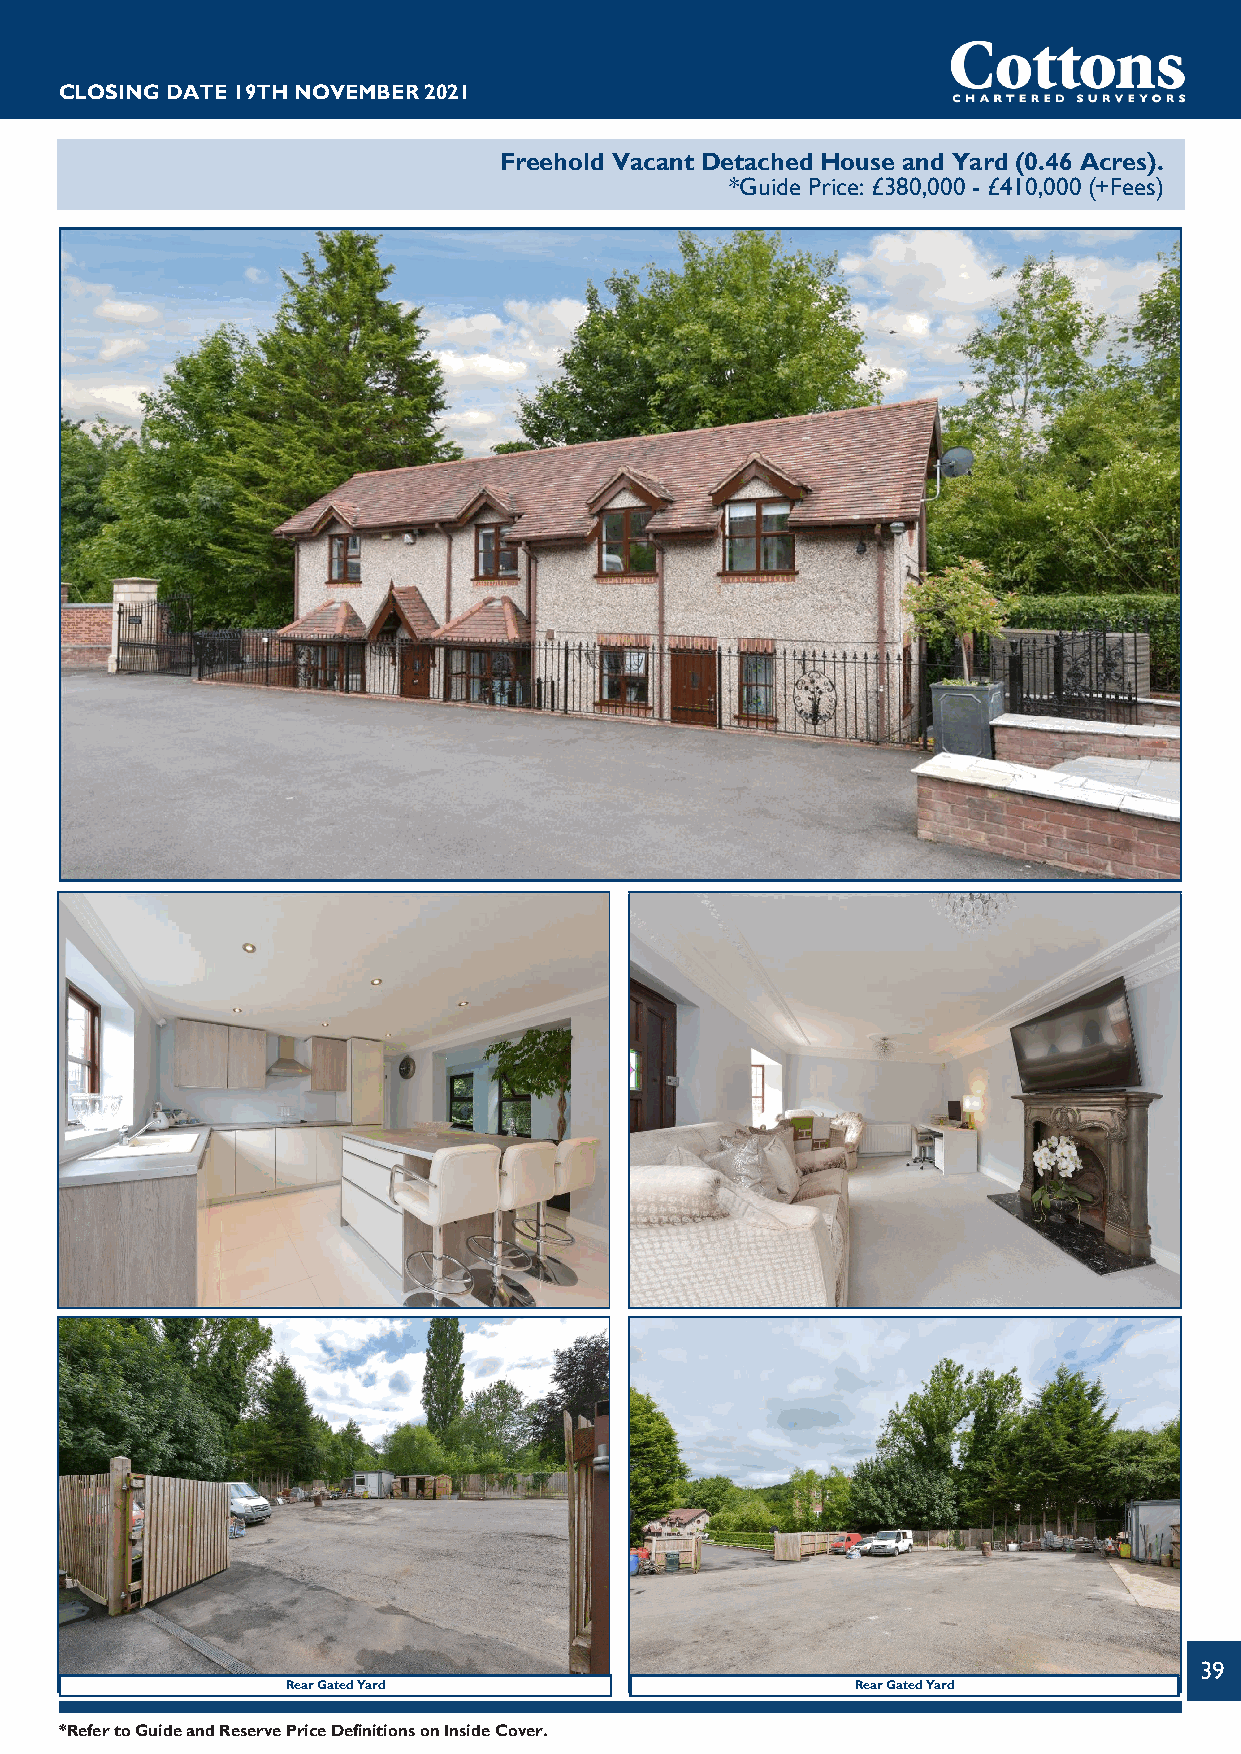
CLOSINGDATE19THNOVEMBER2021
 Freehold Vacant Detached House and Yard (0.46 Acres).
 *Guide Price: £380,000 - £410,000 (+Fees)
 39
 RearGatedYard                         RearGatedYard
 *RefertoGuideandReservePriceDefinitionsonInsideCover.